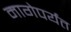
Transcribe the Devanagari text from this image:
मागेपर्यंत